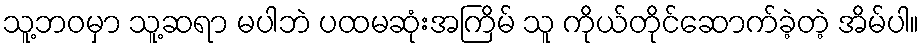
သူ့ဘဝမှာ သူ့ဆရာ မပါဘဲ ပထမဆုံးအကြိမ် သူ ကိုယ်တိုင်ဆောက်ခဲ့တဲ့ အိမ်ပါ။